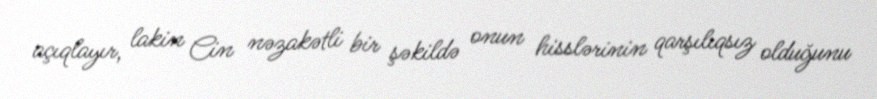
açıqlayır, lakin Cin nəzakətli bir şəkildə onun hisslərinin qarşılıqsız olduğunu